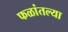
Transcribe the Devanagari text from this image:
फळांतल्या